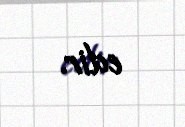
edir.